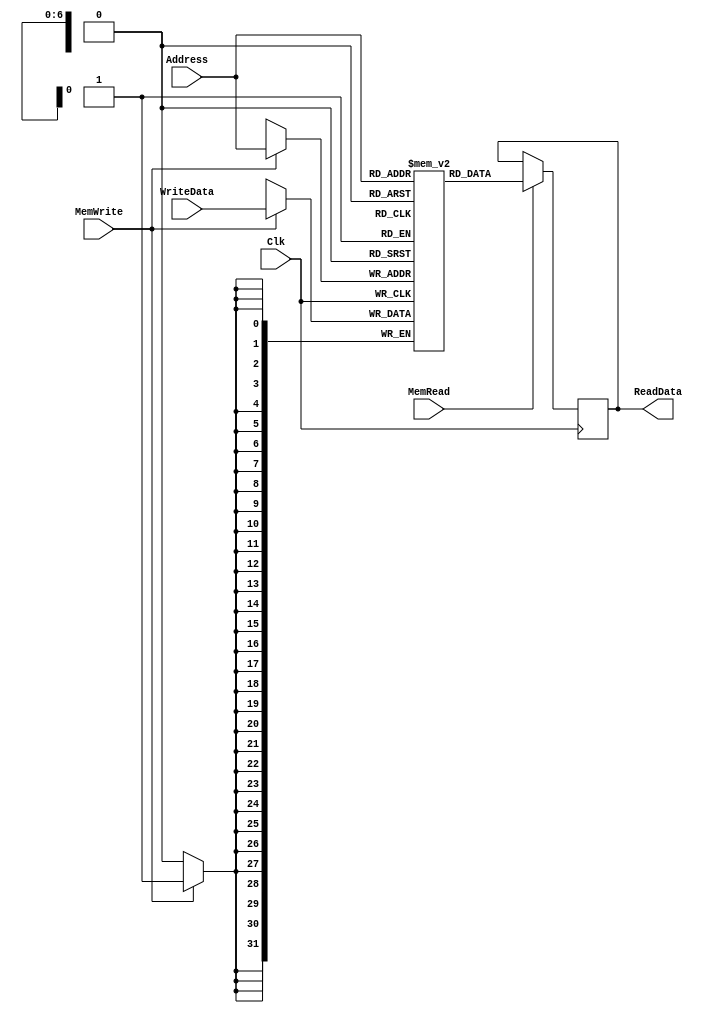
module DataMemory(Address, WriteData, MemRead, MemWrite, Clk, ReadData);
  input [6:0] Address; // 7-bit address to memory.
  input [31:0] WriteData; // Data to be written into WriteRegister
  input MemRead; // Data in memory location Address is read if this control isset
  input MemWrite; // WriteData is written in Address during positive clock edge if this control is set
  input Clk;
  output reg [31:0] ReadData; // Value read from memory location Address


  reg [31:0] MEM[0:127];

  always @(posedge Clk) begin
    if (MemWrite == 1'b1) begin
      MEM[Address] <= WriteData;
    end

    if (MemRead == 1'b1) begin
      ReadData <= MEM[Address];
    end
  end
endmodule